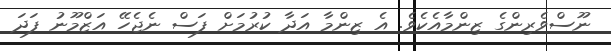
ނޫސްވެރިންގެ ޒިންމާއެކެވެ. އެ ޒިންމާ އަދާ ކުރުމަށް ފަސް ނެޖެހޭ އަޒްމޫނު ފަދަ